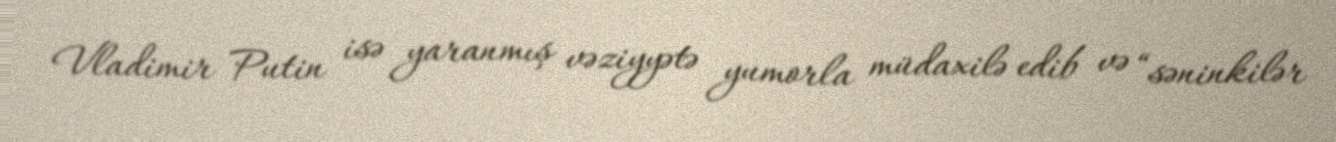
Vladimir Putin isə yaranmış vəziyyətə yumorla müdaxilə edib və “səninkilər